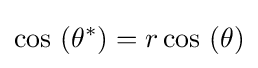
\cos \,\left(\theta ^{*}\right)=r\cos \,\left(\theta \right)